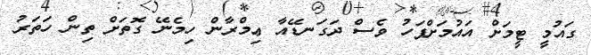
ގައުމީ ޓީމަށް އައުމަށްފަހު ވެސް ދަގަނޑޭއާ ޢިމްރާން ހިމެނޭ ގޮތަށް ތިން ހަތަރު